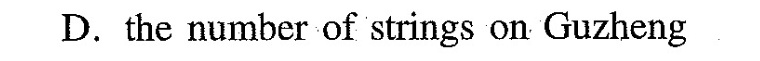
D.the number of strings on Guzheng